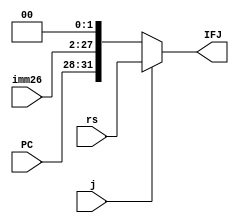
module IFJ (input [31:28] PC,
            input [25:0] imm26,
            input [31:0] rs,
            input j,
            output [31:0] IFJ);
assign IFJ = ((j == 1'b0)?{PC[31:28],imm26[25:0],2'b00}:rs);
endmodule